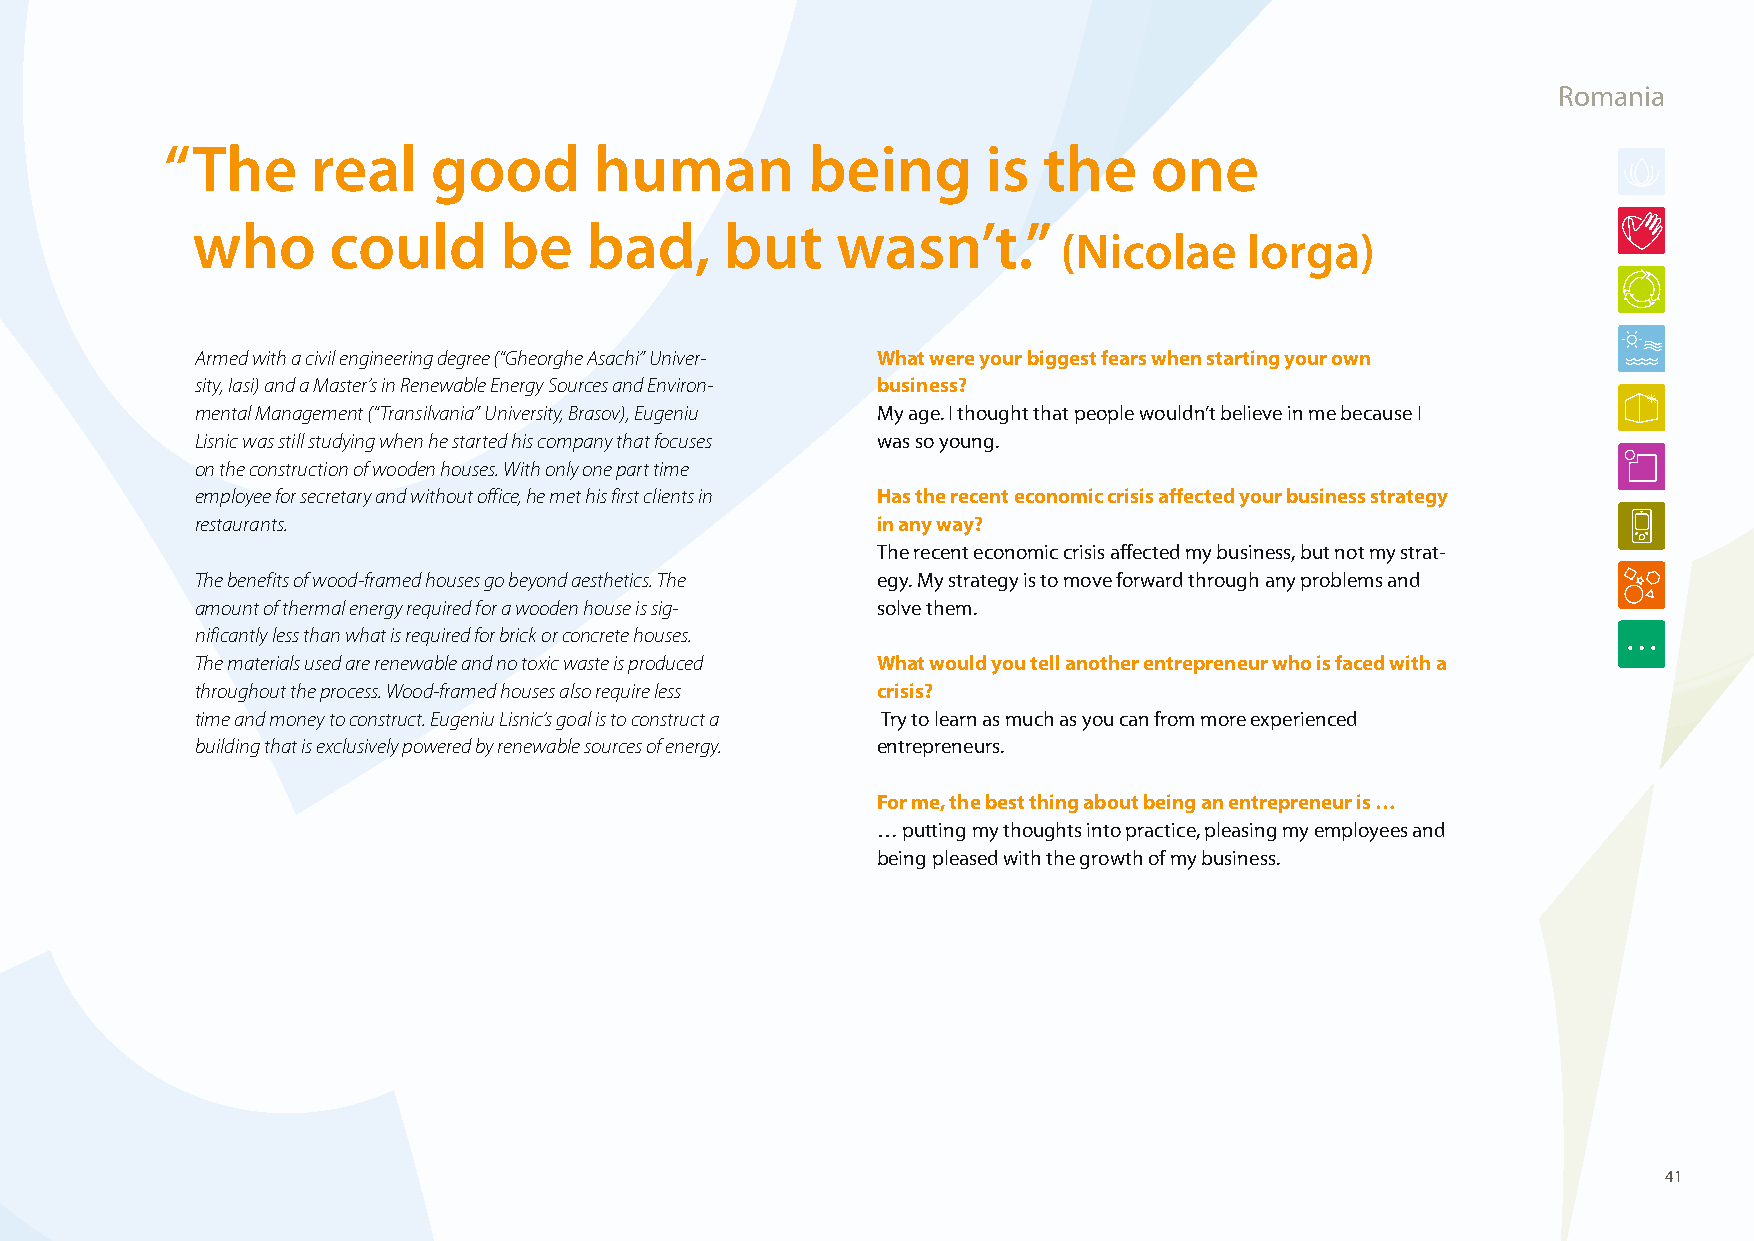
Romania
 “ The     real    good      human          being      is  the    one
 who      could      be    bad,     but    wasn’t.”
 (Nicolae     Iorga)
 Armed with a civil engineering degree (“Gheorghe Asachi” Univer- What were your biggest fears when starting your own
 sity, Iasi) and a Master’s in Renewable Energy Sources and Environ- business?
 mental Management (“Transilvania” University, Brasov), Eugeniu My age. I thought that people wouldn’t believe in me because I
 Lisnic was still studying when he started his company that focuses was so young.
 on the construction of wooden houses. With only one part time
 employee for secretary and without office, he met his first clients in Has the recent economic crisis affected your business strategy
 restaurants.                                 in any way?
 The recent economic crisis affected my business, but not my strat-
 The benefits of wood-framed houses go beyond aesthetics. The egy. My strategy is to move forward through any problems and
 amount of thermal energy required for a wooden house is sig- solve them.
 nificantly less than what is required for brick or concrete houses.
 The materials used are renewable and no toxic waste is produced What would you tell another entrepreneur who is faced with a
 throughout the process. Wood-framed houses also require less crisis?
 time and money to construct. Eugeniu Lisnic’s goal is to construct a Try to learn as much as you can from more experienced
 building that is exclusively powered by renewable sources of energy. entrepreneurs.
 For me, the best thing about being an entrepreneur is …
 … putting my thoughts into practice, pleasing my employees and
 being pleased with the growth of my business.
 41
 100426_SMEweek_broch_A4quer_hw.indd 41                                                                   27.04.2010 9:13:46 Uhr